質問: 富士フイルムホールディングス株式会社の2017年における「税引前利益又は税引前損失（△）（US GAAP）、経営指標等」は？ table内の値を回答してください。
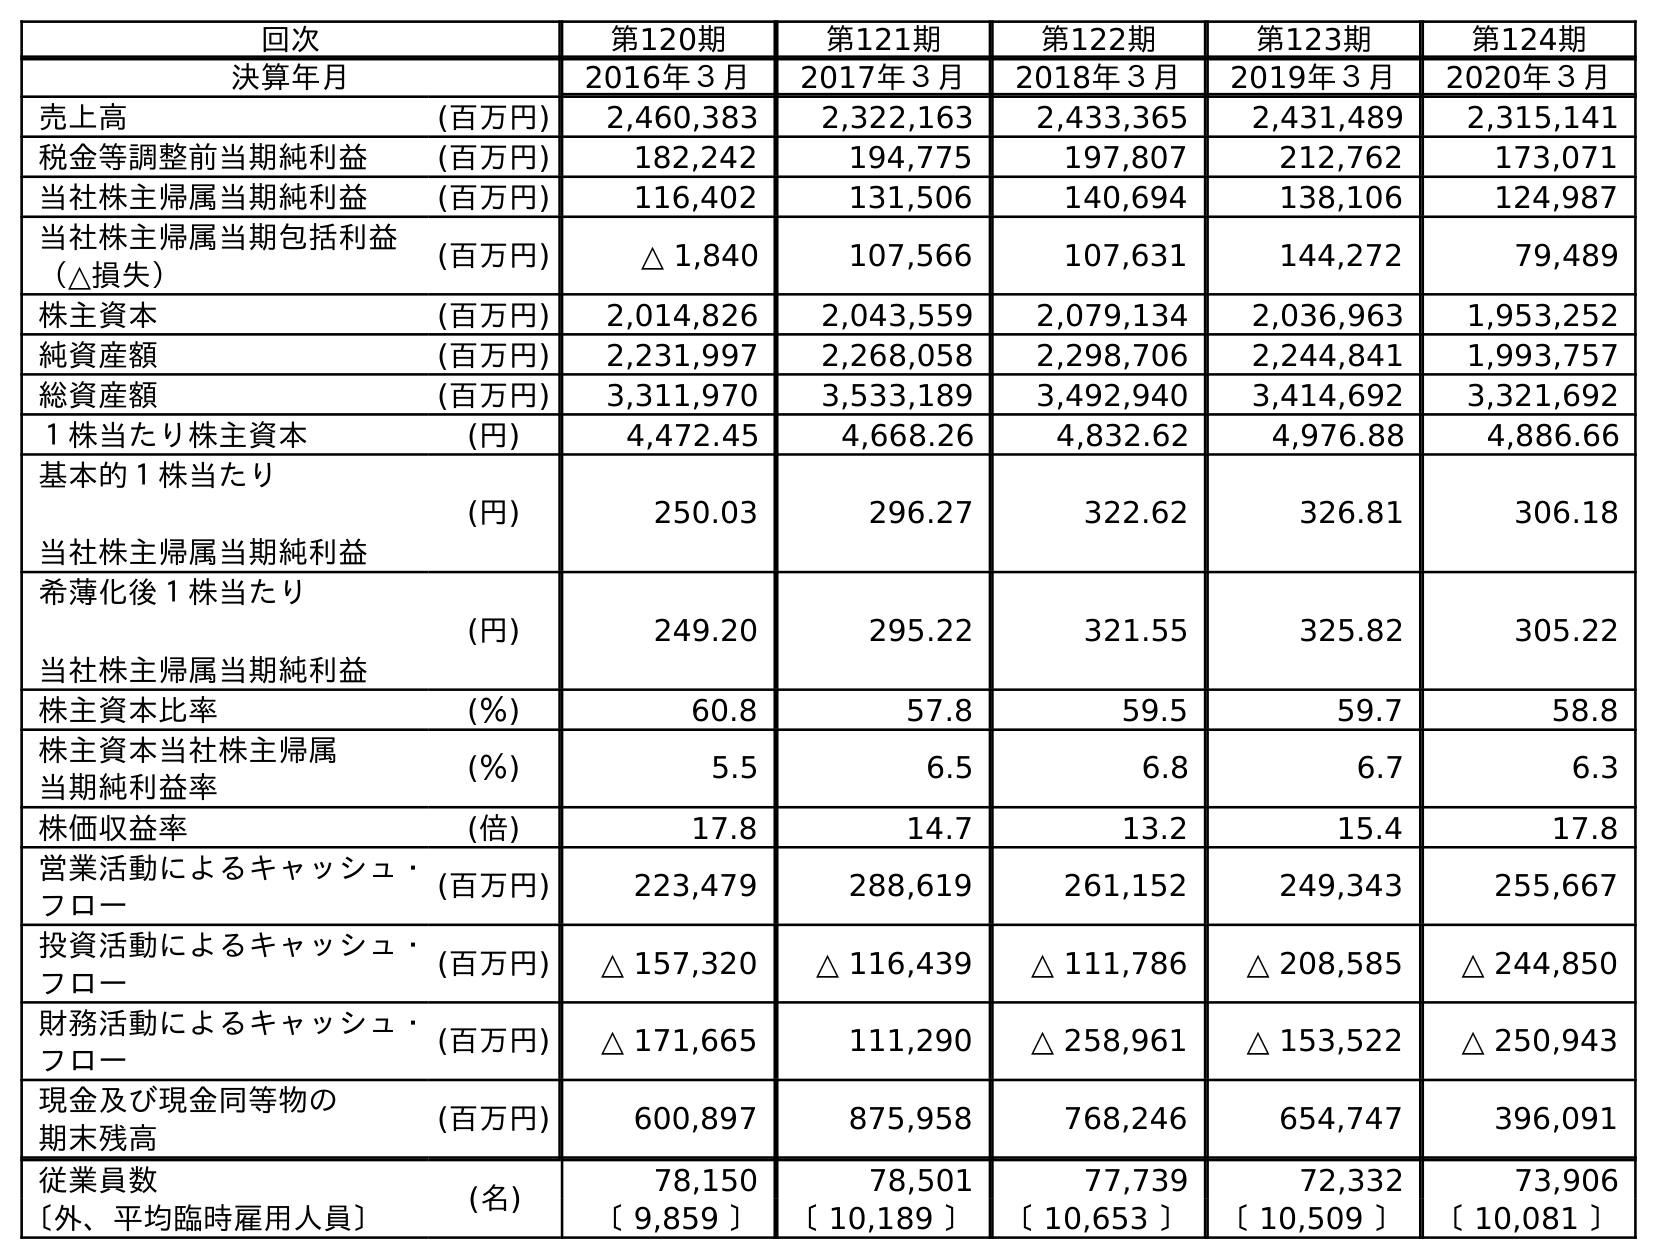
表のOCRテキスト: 回次 第120期 第121期 第122期 第123期 第124期 決算年月 2016年３月 2017年３月 2018年３月 2019年３月 2020年３月 売上高 (百万円) 2,460,383 2,322,163 2,433,365 2,431,489 2,315,141 税金等調整前当期純利益 (百万円) 182,242 194,775 197,807 212,762 173,071 当社株主帰属当期純利益 (百万円) 116,402 131,506 140,694 138,106 124,987 当社株主帰属当期包括利益 （△損失） (百万円) △ 1,840 107,566 107,631 144,272 79,489 株主資本 (百万円) 2,014,826 2,043,559 2,079,134 2,036,963 1,953,252 純資産額 (百万円) 2,231,997 2,268,058 2,298,706 2,244,841 1,993,757 総資産額 (百万円) 3,311,970 3,533,189 3,492,940 3,414,692 3,321,692 １株当たり株主資本 (円) 4,472.45 4,668.26 4,832.62 4,976.88 4,886.66 基本的１株当たり 当社株主帰属当期純利益 (円) 250.03 296.27 322.62 326.81 306.18 希薄化後１株当たり 当社株主帰属当期純利益 (円) 249.20 295.22 321.55 325.82 305.22 株主資本比率 (％) 60.8 57.8 59.5 59.7 58.8 株主資本当社株主帰属 当期純利益率 (％) 5.5 6.5 6.8 6.7 6.3 株価収益率 (倍) 17.8 14.7 13.2 15.4 17.8 営業活動によるキャッシュ・ フロー (百万円) 223,479 288,619 261,152 249,343 255,667 投資活動によるキャッシュ・ フロー (百万円) △ 157,320 △ 116,439 △ 111,786 △ 208,585 △ 244,850 財務活動によるキャッシュ・ フロー (百万円) △ 171,665 111,290 △ 258,961 △ 153,522 △ 250,943 現金及び現金同等物の 期末残高 (百万円) 600,897 875,958 768,246 654,747 396,091 従業員数 (名) 78,150 78,501 77,739 72,332 73,906 〔外、平均臨時雇用人員〕 〔 9,859 〕 〔 10,189 〕 〔 10,653 〕 〔 10,509 〕 〔 10,081 〕
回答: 194,775